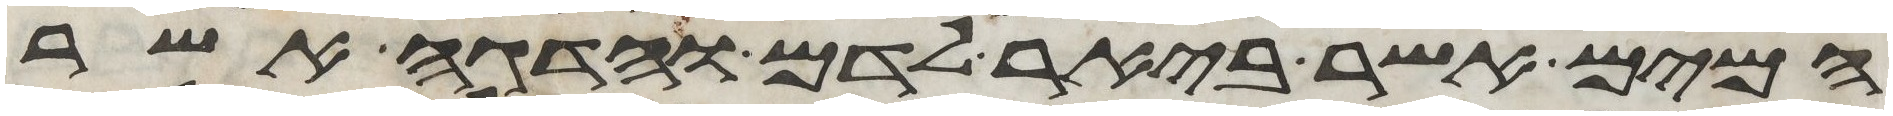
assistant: המים אשר ביאר לדם והדגה אשר